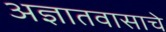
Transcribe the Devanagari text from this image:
अज्ञातवासाचे